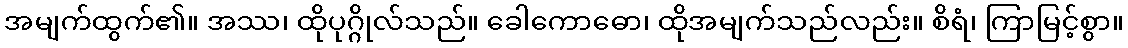
အမျက်ထွက်၏။ အဿ၊ ထိုပုဂ္ဂိုလ်သည်။ ခေါကောဓော၊ ထိုအမျက်သည်လည်း။ စိရံ၊ ကြာမြင့်စွာ။